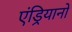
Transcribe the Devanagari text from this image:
एंड्रियानो